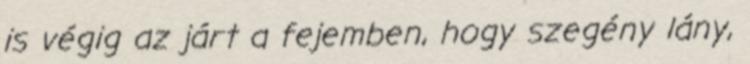
is végig az járt a fejemben, hogy szegény lány,